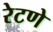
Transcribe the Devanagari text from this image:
रेटणे